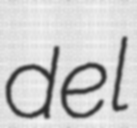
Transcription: del